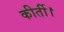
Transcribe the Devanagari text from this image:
कीर्ती।